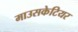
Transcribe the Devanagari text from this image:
माउसकेटियर